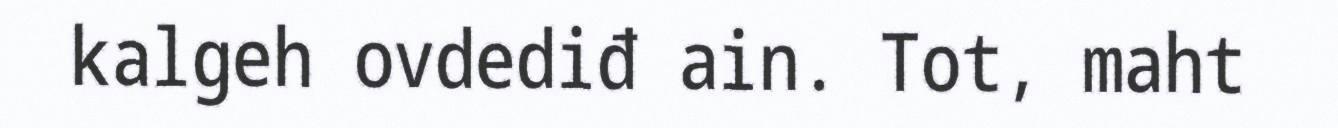
kalgeh ovdediđ ain. Tot, maht